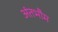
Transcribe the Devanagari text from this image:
अंतभौम